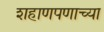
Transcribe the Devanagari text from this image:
शहाणपणाच्या